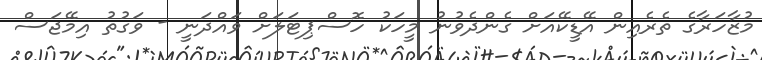
މުޒާހަރާގެ ތެރެއިން އޭޑީކޭއަށް ގެންދެވުނު މީހަކު ހޮސްޕިޓަލަށް ވައްދަނީ - ވަގުތު އިމޭޖަސް